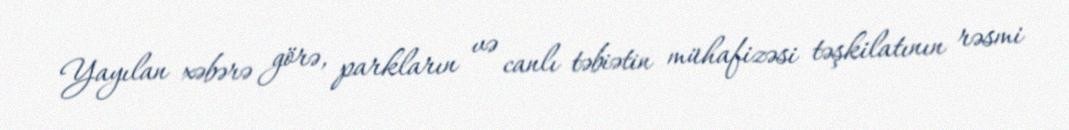
Yayılan xəbərə görə, parkların və canlı təbiətin mühafizəsi təşkilatının rəsmi